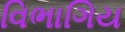
વિભાગિય